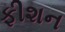
ફીશન